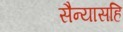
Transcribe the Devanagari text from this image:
सैन्यासहि